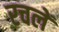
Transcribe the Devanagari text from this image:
रचलें